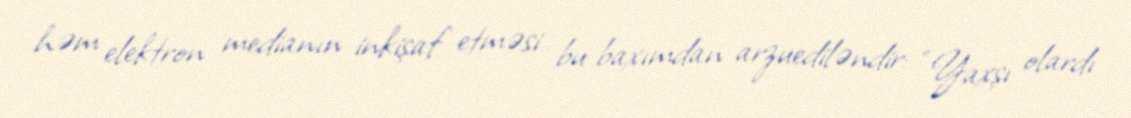
həm elektron medianın inkişaf etməsi bu baxımdan arzuediləndir: “Yaxşı olardı